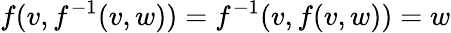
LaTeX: f(v,f^{-1}(v,w))=f^{-1}(v,f(v,w))=w